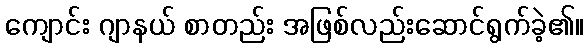
ကျောင်း ဂျာနယ် စာတည်း အဖြစ်လည်းဆောင်ရွက်ခဲ့၏။